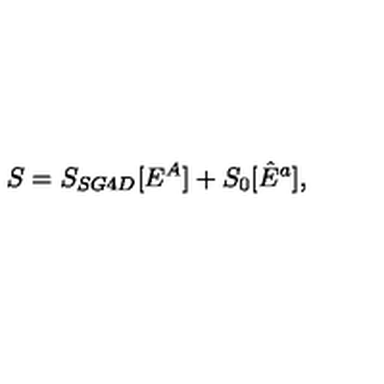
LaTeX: S = S _ { S G 4 D } [ E ^ { A } ] + S _ { 0 } [ \hat { E } ^ { a } ] ,